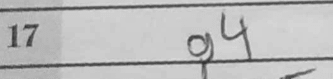
Transcription: g4